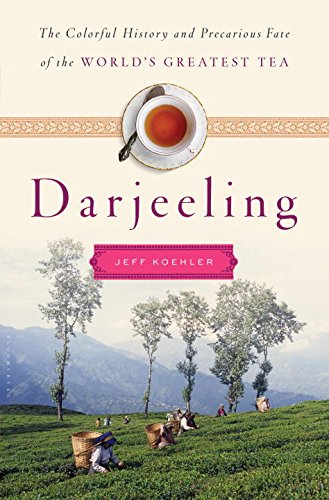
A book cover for Darjeeling: The Colorful History and Precarious Fate of the World's Greatest Tea; Jeff Koehler; Cookbooks, Food & Wine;